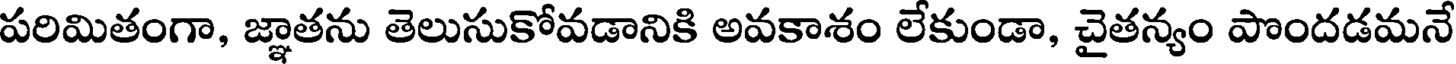
పరిమితంగా, జ్ఞాతను తెలుసుకోవడానికి అవకాశం లేకుండా, చైతన్యం పొందడమనే